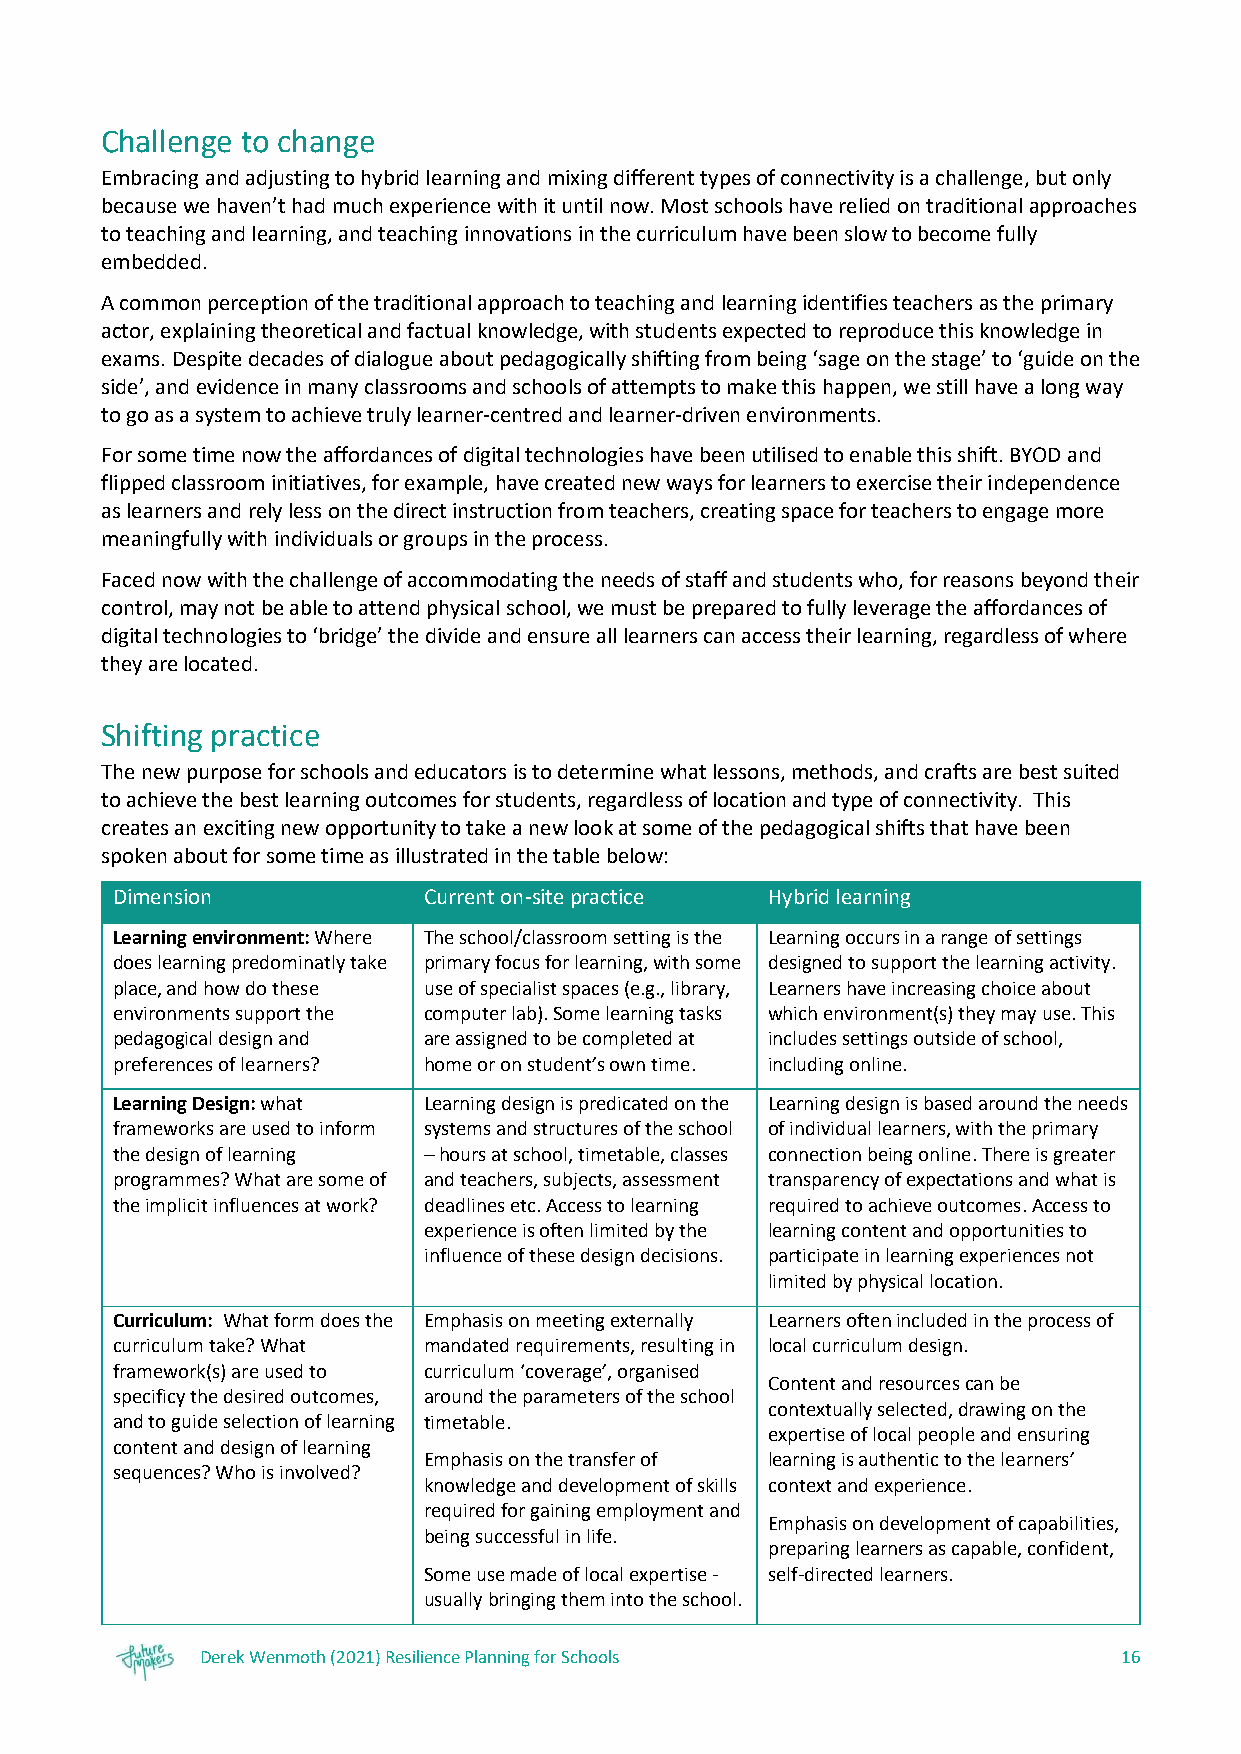
Challenge to change
 Embracing and adjusting to hybrid learning and mixing different types of connectivity is a challenge, but only
 because we haven’t had much experience with it until now. Most schools have relied on traditional approaches
 to teaching and learning, and teaching innovations in the curriculum have been slow to become fully
 embedded.
 A common perception of the traditional approach to teaching and learning identifies teachers as the primary
 actor, explaining theoretical and factual knowledge, with students expected to reproduce this knowledge in
 exams. Despite decades of dialogue about pedagogically shifting from being ‘sage on the stage’ to ‘guide on the
 side’, and evidence in many classrooms and schools of attempts to make this happen, we still have a long way
 to go as a system to achieve truly learner-centred and learner-driven environments.
 For some time now the affordances of digital technologies have been utilised to enable this shift. BYOD and
 flipped classroom initiatives, for example, have created new ways for learners to exercise their independence
 as learners and rely less on the direct instruction from teachers, creating space for teachers to engage more
 meaningfully with individuals or groups in the process.
 Faced now with the challenge of accommodating the needs of staff and students who, for reasons beyond their
 control, may not be able to attend physical school, we must be prepared to fully leverage the affordances of
 digital technologies to ‘bridge’ the divide and ensure all learners can access their learning, regardless of where
 they are located.
 Shifting practice
 The new purpose for schools and educators is to determine what lessons, methods, and crafts are best suited
 to achieve the best learning outcomes for students, regardless of location and type of connectivity. This
 creates an exciting new opportunity to take a new look at some of the pedagogical shifts that have been
 spoken about for some time as illustrated in the table below:
 Dimension            Current on-site practice Hybrid learning
 Learning environment: Where The school/classroom setting is the Learning occurs in a range of settings
 does learning predominatly take primary focus for learning, with some designed to support the learning activity.
 place, and how do these use of specialist spaces (e.g., library, Learners have increasing choice about
 environments support the computer lab). Some learning tasks which environment(s) they may use. This
 pedagogical design and are assigned to be completed at includes settings outside of school,
 preferences of learners? home or on student’s own time. including online.
 Learning Design: what Learning design is predicated on the Learning design is based around the needs
 frameworks are used to inform systems and structures of the school of individual learners, with the primary
 the design of learning – hours at school, timetable, classes connection being online. There is greater
 programmes? What are some of and teachers, subjects, assessment transparency of expectations and what is
 the implicit influences at work? deadlines etc. Access to learning required to achieve outcomes. Access to
 experience is often limited by the learning content and opportunities to
 influence of these design decisions. participate in learning experiences not
 limited by physical location.
 Curriculum: What form does the Emphasis on meeting externally Learners often included in the process of
 curriculum take? What mandated requirements, resulting in local curriculum design.
 framework(s) are used to curriculum ‘coverage’, organised
 Content and resources can be
 specificy the desired outcomes, around the parameters of the school
 contextually selected, drawing on the
 and to guide selection of learning timetable.
 expertise of local people and ensuring
 content and design of learning
 Emphasis on the transfer of learning is authentic to the learners’
 sequences? Who is involved?
 knowledge and development of skills context and experience.
 required for gaining employment and
 Emphasis on development of capabilities,
 being successful in life.
 preparing learners as capable, confident,
 Some use made of local expertise - self-directed learners.
 usually bringing them into the school.
 Derek Wenmoth (2021) Resilience Planning for Schools         16